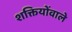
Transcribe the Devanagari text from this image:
शक्तियोंवाले